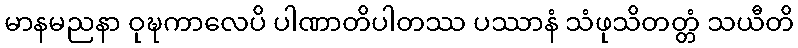
မာနမညနာ ဝုဍ္ဎကာလေပိ ပါဏာတိပါတဿ ပဿာနံ သံဖုသိတတ္တံ သယီတိ